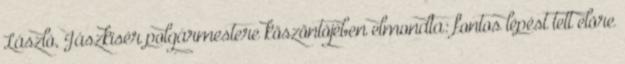
László, Jászkisér polgármestere köszöntõjében elmondta: fontos lépést tett elõre